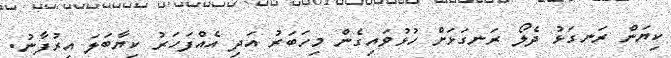
ކިޔަން ރަނގަޅު ދެލޯ ރަނގަޅަށް ހުޅުވައިގެން މިހަބަރު އަދި އެއްފަހަރު ކިޔާބަލަ އިރުފާނު.